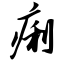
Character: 痢